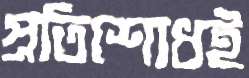
প্রতিশোধই